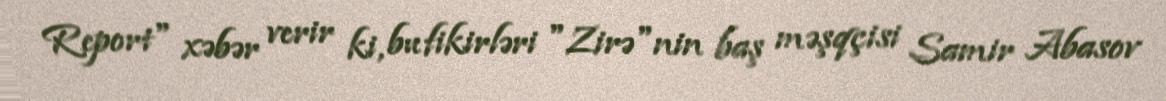
Report" xəbər verir ki, bu fikirləri "Zirə"nin baş məşqçisi Samir Abasov